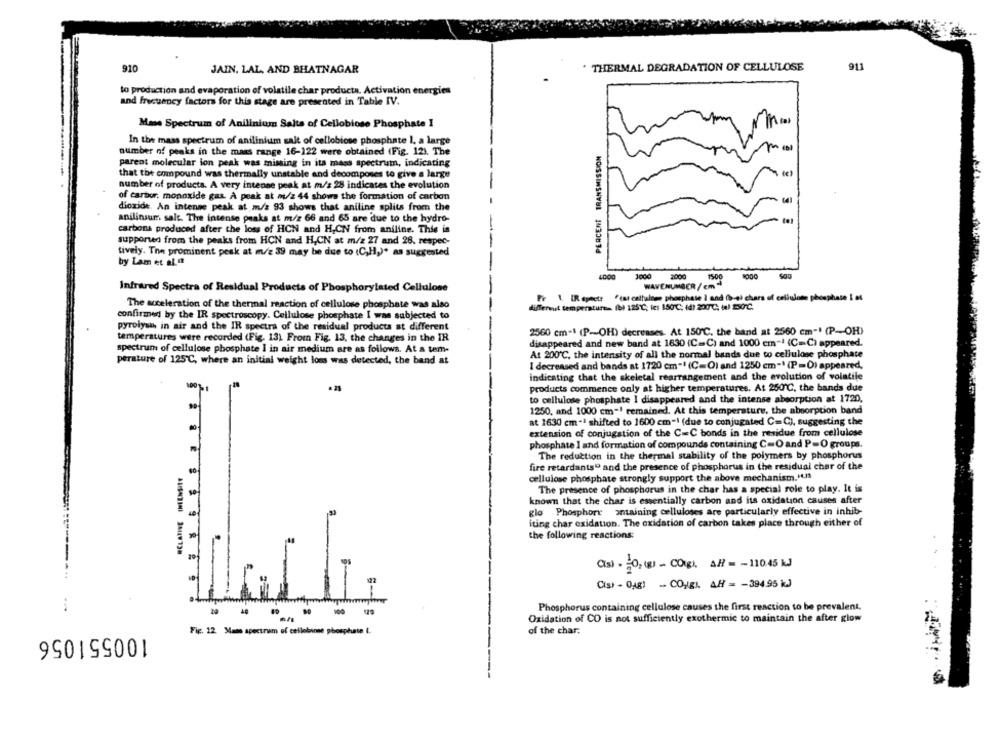
910
911
JAIN, LAL, AND BHATNAGAR
. THERMAL DEGRADATION OF CELLULOSE
to production and evaporation of volatile char producta. Activation energies
and frequency factors for this stage are presented in Table IV.
Mane Spectrum of Anilinium Salts of Cellobiose Phosphate I
In the mass spectrum of anilinium sait of cellobiose phosphate 1, a large
PERCENT TRANSMISSION
number of peaks in the maes range 16-122 were obtained (Fig. 12). The
parent molecular ion peak was missing in ita mass spectrum, indicating
that the compound was thermally unstable and decomposes to give a large
number of products. A very intense peak at m/s 28 indicates the evolution
of carbor. monoxide gas. A peak at m/2 44 shows the formation of carbon
dioxide. An intense peak at m/s 93 shows that aniline splits from the
anilinsur. salt. The intense peaks at m/z 66 and 65 are due to the hydro-
carbons produced after the loss of HON and H,CN from aniline. This is
-
supported from the peaks from HON and H,CN at m/z 27 and 28, respec-
tively. The prominent peak at m/z 39 may be due to (C,H,)* as suggested
by Lam et al.
3000
2000
1500
Infrared Spectra of Residual Pro
Infrared Spectra of Residual Products of Phosphorylated Cellulose
WAVENUMBER / Em-
Fe 1 IR egeet? "(at cellulose phosphate I and (b-al chars of cellulose phosphate i at
The acceleration of the thermal reaction of cellulose phosphate was also
different temperature .. (bl 125 ℃; fes 150℃. (d) 200 ℃ 4) 250℃.
confirmed by the IR spectroscopy. Cellulose phosphate I was subjected to
pyrolysis in air and the IR spectra of the residual products at different
2560 cm-1 (P-OH) decreases. At 150 ℃. the band at 2560 cm-' (P-OH)
temperatures were recorded (Fig. 13) From Fig. 13, the changes in the IR
spectrum of cellulose phosphate I in air medium are as follows. At a tem-
disappeared and new band at 1630 (C=C) and 1000 cm-1 (C=C) appeared.
At 200℃, the intensity of all the normal bands due to cellulose phosphate
perature of 125℃, where an initial weight loss was detected, the band at
I decreased and bands at 1720 cm-1 (C=O) and 1250 cm-1 (P=0) appeared,
indicating that the skeletal rearrangement and the evolution of volatile
products commence only at higher temperatures. At 250 ℃, the bands due
to cellulose phosphate I disappeared and the intense absorption at 1720,
1250, and 1000 cm-1 remained. At this temperature, the absorption band
at 1630 cm-ª shifted to 1600 cm-1 (due to conjugated C=C), suggesting the
extension of conjugation of the C=C bonds in the residue from cellulose
phosphate I and formation of compounds containing C= O and P=O groups.
The reduction in the thermal stability of the polymers by phosphorus
fire retardants" and the presence of phosphorus in the residual char of the
cellulose phosphate strongly support the above mechanism.14.13
The presence of phosphorus in the char has a special role to play. It is
known that the char is essentially carbon and its oxidation causes after
glo Phosphore antaining celluloses are particularly effective in inhib-
iting char oxidation. The oxidation of carbon takes place through either of
the following reactions:
20
(s) - 50,(g) - COgl. 48 - - 11045 kJ
D
102
Cisi - Oug) -. CO/gI, AH = - 394.95 KJ
Phosphorus containing cellulose causes the first reaction to be prevalent.
...
.---
Oxidation of CO is not sufficiently exothermic to maintain the after glow
Fig. 12. Mans spectrum of cellobinne phosphate I.
of the char.
100551056